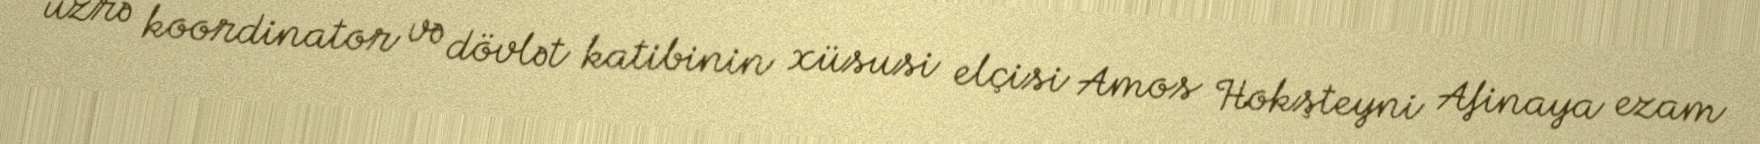
üzrə koordinator və dövlət katibinin xüsusi elçisi Amos Hokşteyni Afinaya ezam